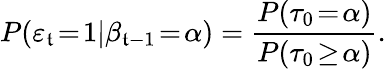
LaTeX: P(\varepsilon_{\mathfrak{t}}\! =\! 1|\beta_{\mathfrak{t}-1}\! =\! \alpha)=\frac{{P(\tau_{0}\! =\! \alpha)}}{{P(\tau_{0}\! \geq\! \alpha)}}.